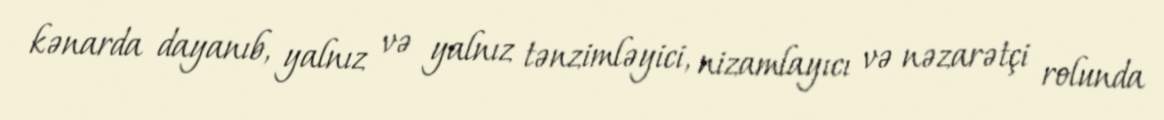
kənarda dayanıb, yalnız və yalnız tənzimləyici, nizamlayıcı və nəzarətçi rolunda